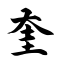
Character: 奎